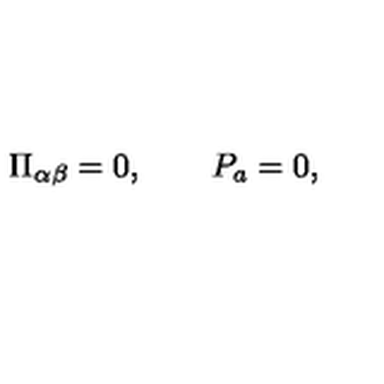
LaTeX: \Pi _ { \alpha \beta } = 0 , \qquad P _ { a } = 0 ,